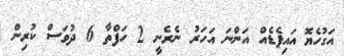
އަގުހެޔޮ އައިޕެޑެއް އަންނަ އަހަރު ނެރެނީ 2 ހަފްތާ 6 ދުވަސް ކުރިން